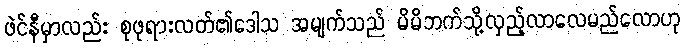
ဖဲင်နီမှာလည်း စုဖုရားလတ်၏ဒေါသ အမျက်သည် မိမိဘက်သို့လှည့်လာလေမည်လောဟု